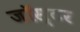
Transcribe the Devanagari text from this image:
जॉस्टर